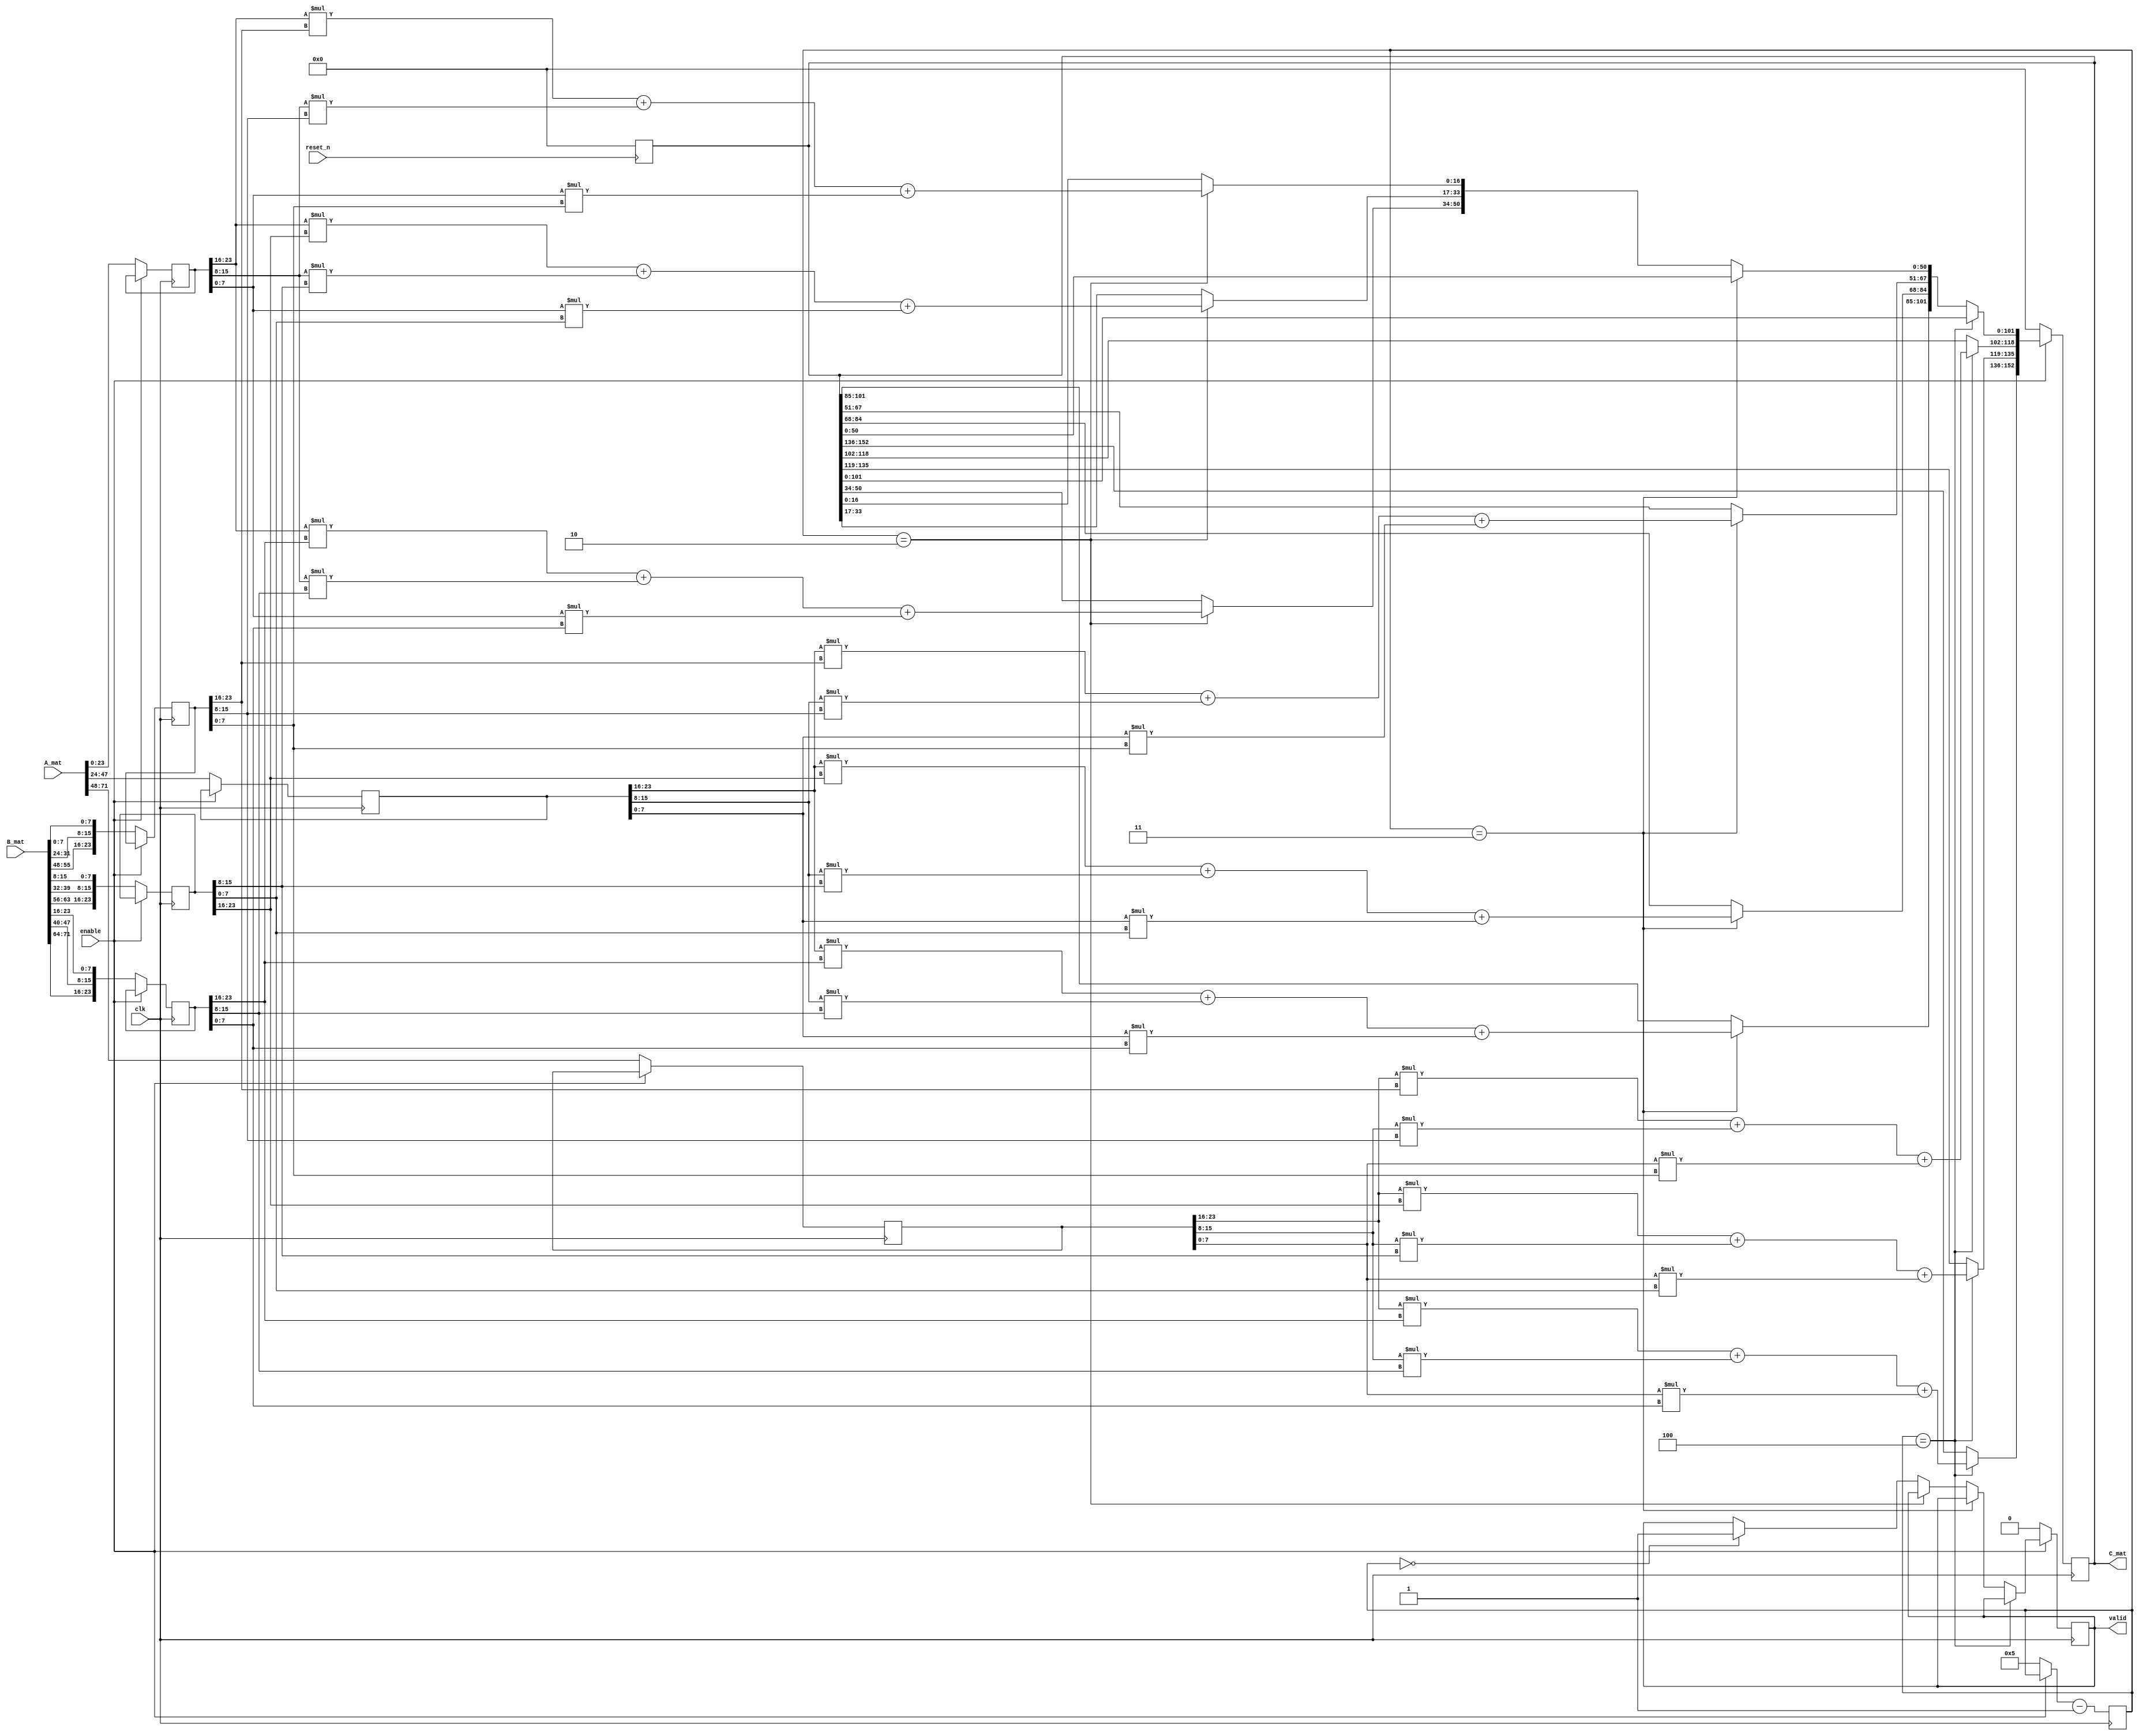
`timescale 1ns / 1ps
module mmult(
  input  clk,                 // Clock signal
  input  reset_n,             // Reset signal (negative logic)
  input  enable,              // Activation signal for matrix multiplication
  input  [0:9*8-1] A_mat,     // A matrix
  input  [0:9*8-1] B_mat,     // B matrix
  output reg valid,               // Signals that the output is valid to read
  output reg [0:9*17-1] C_mat // The result of A x B
);
reg [0:3*8-1] A1 ;
reg [0:3*8-1] A2 ;
reg [0:3*8-1] A3 ;
reg [0:3*8-1] B1 ;
reg [0:3*8-1] B2 ;
reg [0:3*8-1] B3 ;
reg [0:9*17-1]C;
reg [0:3]cou;


always@(posedge clk)
begin
	if(enable==0)
	begin
		A1=A_mat[0:23];
		A2=A_mat[24:47];
		A3=A_mat[48:71];
		B1={B_mat[0:7],B_mat[24:24+7],B_mat[48:48+7]};
		B2={B_mat[8:8+7],B_mat[32:32+7],B_mat[56:56+7]};
		B3={B_mat[16:16+7],B_mat[40:40+7],B_mat[64:64+7]};
		cou=5;
		valid=0;
		C_mat=0;
	end
	else if(cou==4)
	begin
		C_mat[0:16]=A1[0:7]*B1[0:7]+A1[8:15]*B1[8:15]+A1[16:23]*B1[16:23];
		C_mat[17+:17]=A1[0:7]*B2[0:7]+A1[8:15]*B2[8:15]+A1[16:23]*B2[16:23];
		C_mat[34+:17]=A1[0:7]*B3[0:7]+A1[8:15]*B3[8:15]+A1[16:23]*B3[16:23];
	end
	else if(cou==3)
	begin
		C_mat[51+:17]=A2[0:7]*B1[0:7]+A2[8:15]*B1[8:15]+A2[16:23]*B1[16:23];
		C_mat[68+:17]=A2[0:7]*B2[0:7]+A2[8:15]*B2[8:15]+A2[16:23]*B2[16:23];
		C_mat[85+:17]=A2[0:7]*B3[0:7]+A2[8:15]*B3[8:15]+A2[16:23]*B3[16:23];
	end
	else if(cou==2)
	begin
		C_mat[102+:17]=A3[0:7]*B1[0:7]+A3[8:15]*B1[8:15]+A3[16:23]*B1[16:23];
		C_mat[119+:17]=A3[0:7]*B2[0:7]+A3[8:15]*B2[8:15]+A3[16:23]*B2[16:23];
		C_mat[136+:17]=A3[0:7]*B3[0:7]+A3[8:15]*B3[8:15]+A3[16:23]*B3[16:23];
	end
	else if(cou==0)
	begin
		valid=1;
	end
	cou=cou-1;
end
always @(negedge reset_n)
begin
	C_mat = 0;
end
endmodule